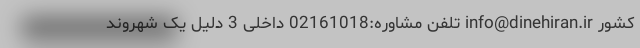
کشور info@dinehiran.ir تلفن مشاوره:02161018 داخلی 3 دلیل یک شهروند